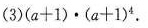
(3)$$( a + 1 ) \cdot ( a + 1 ) ^ { 4 }。